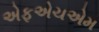
એફએચએમ